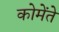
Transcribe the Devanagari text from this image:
कोमेंते